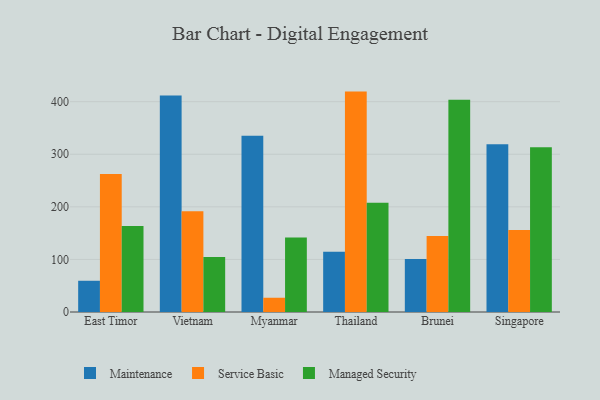
{"axis": {"x": "Country", "y": "Page Views"}, "legend": ["Maintenance", "Managed Security", "Service Basic"], "data": [{"x": "East Timor", "y": 59.4, "type": "Maintenance"}, {"x": "East Timor", "y": 262.6, "type": "Service Basic"}, {"x": "East Timor", "y": 163.8, "type": "Managed Security"}, {"x": "Vietnam", "y": 411.7, "type": "Maintenance"}, {"x": "Vietnam", "y": 191.4, "type": "Service Basic"}, {"x": "Vietnam", "y": 104.4, "type": "Managed Security"}, {"x": "Myanmar", "y": 335.2, "type": "Maintenance"}, {"x": "Myanmar", "y": 27.1, "type": "Service Basic"}, {"x": "Myanmar", "y": 141.5, "type": "Managed Security"}, {"x": "Thailand", "y": 114.8, "type": "Maintenance"}, {"x": "Thailand", "y": 419.2, "type": "Service Basic"}, {"x": "Thailand", "y": 207.9, "type": "Managed Security"}, {"x": "Brunei", "y": 101.0, "type": "Maintenance"}, {"x": "Brunei", "y": 144.4, "type": "Service Basic"}, {"x": "Brunei", "y": 403.9, "type": "Managed Security"}, {"x": "Singapore", "y": 319.2, "type": "Maintenance"}, {"x": "Singapore", "y": 156.0, "type": "Service Basic"}, {"x": "Singapore", "y": 313.3, "type": "Managed Security"}]}